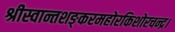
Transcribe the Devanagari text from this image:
श्रीस्वान्तशङ्करमहोरकिशोरचन्द्र।